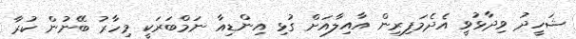
ޝަހީދު ވިދާޅުވީ އެދެމަފިރިން އާއިލާއަށް ގުޅި އިންޑިއާ ނަމްބަރަކީ މިހާރު ބޭނުން ކުރާ